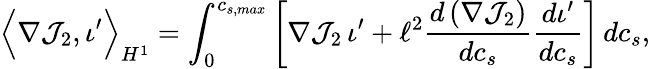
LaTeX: \Big\langle\nabla\mathcal{J}_{2},\iota^{\prime}\Big\rangle_{H^{1}}=\int_{0}^{c_{s,max}}\left[\nabla\mathcal{J}_{2}\, \iota^{\prime}+\ell^{2}\frac{d\left(\nabla\mathcal{J}_{2}\right)}{dc_{s}}\frac{d\iota^{\prime}}{dc_{s}}\right]\, dc_{s},